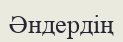
Әндердің